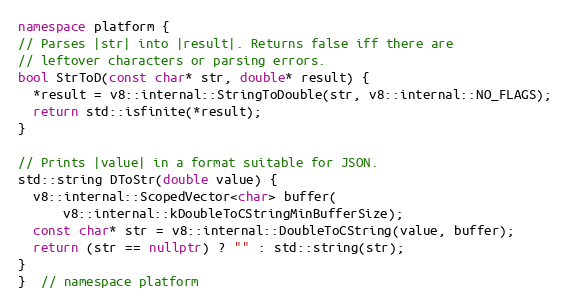
Language: C++
namespace platform {
// Parses |str| into |result|. Returns false iff there are
// leftover characters or parsing errors.
bool StrToD(const char* str, double* result) {
  *result = v8::internal::StringToDouble(str, v8::internal::NO_FLAGS);
  return std::isfinite(*result);
}

// Prints |value| in a format suitable for JSON.
std::string DToStr(double value) {
  v8::internal::ScopedVector<char> buffer(
      v8::internal::kDoubleToCStringMinBufferSize);
  const char* str = v8::internal::DoubleToCString(value, buffer);
  return (str == nullptr) ? "" : std::string(str);
}
}  // namespace platform